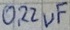
Text: 0.22uF